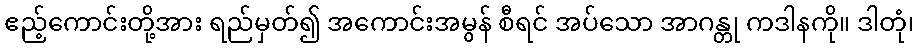
ဧည့်ကောင်းတို့အား ရည်မှတ်၍ အကောင်းအမွန် စီရင် အပ်သော အာဂန္တု ကဒါနကို။ ဒါတုံ၊